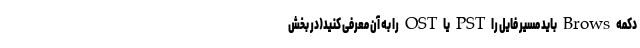
دکمه Brows باید مسیر فایل را PST یا OST را به آن معرفی کنید(در بخش